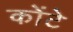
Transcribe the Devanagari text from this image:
कोंटे